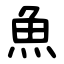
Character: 魚